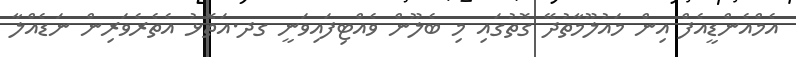
އެމްއެންޑީއެފް އިން މައުލޫމާތުދޭ ގޮތުގައި މި ބެލޫން ވެއްޓިފައިވަނީ ގދ.އަތޮޅު އެތެރެވަރިން ނަޑެއްލާ